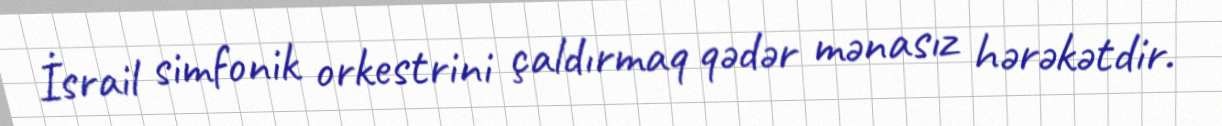
İsrail simfonik orkestrini çaldırmaq qədər mənasız hərəkətdir.